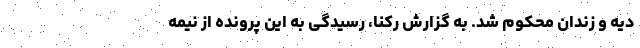
دیه و زندان محکوم شد. به گزارش رکنا، رسیدگی به این پرونده از نیمه